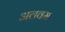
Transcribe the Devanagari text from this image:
अलवम